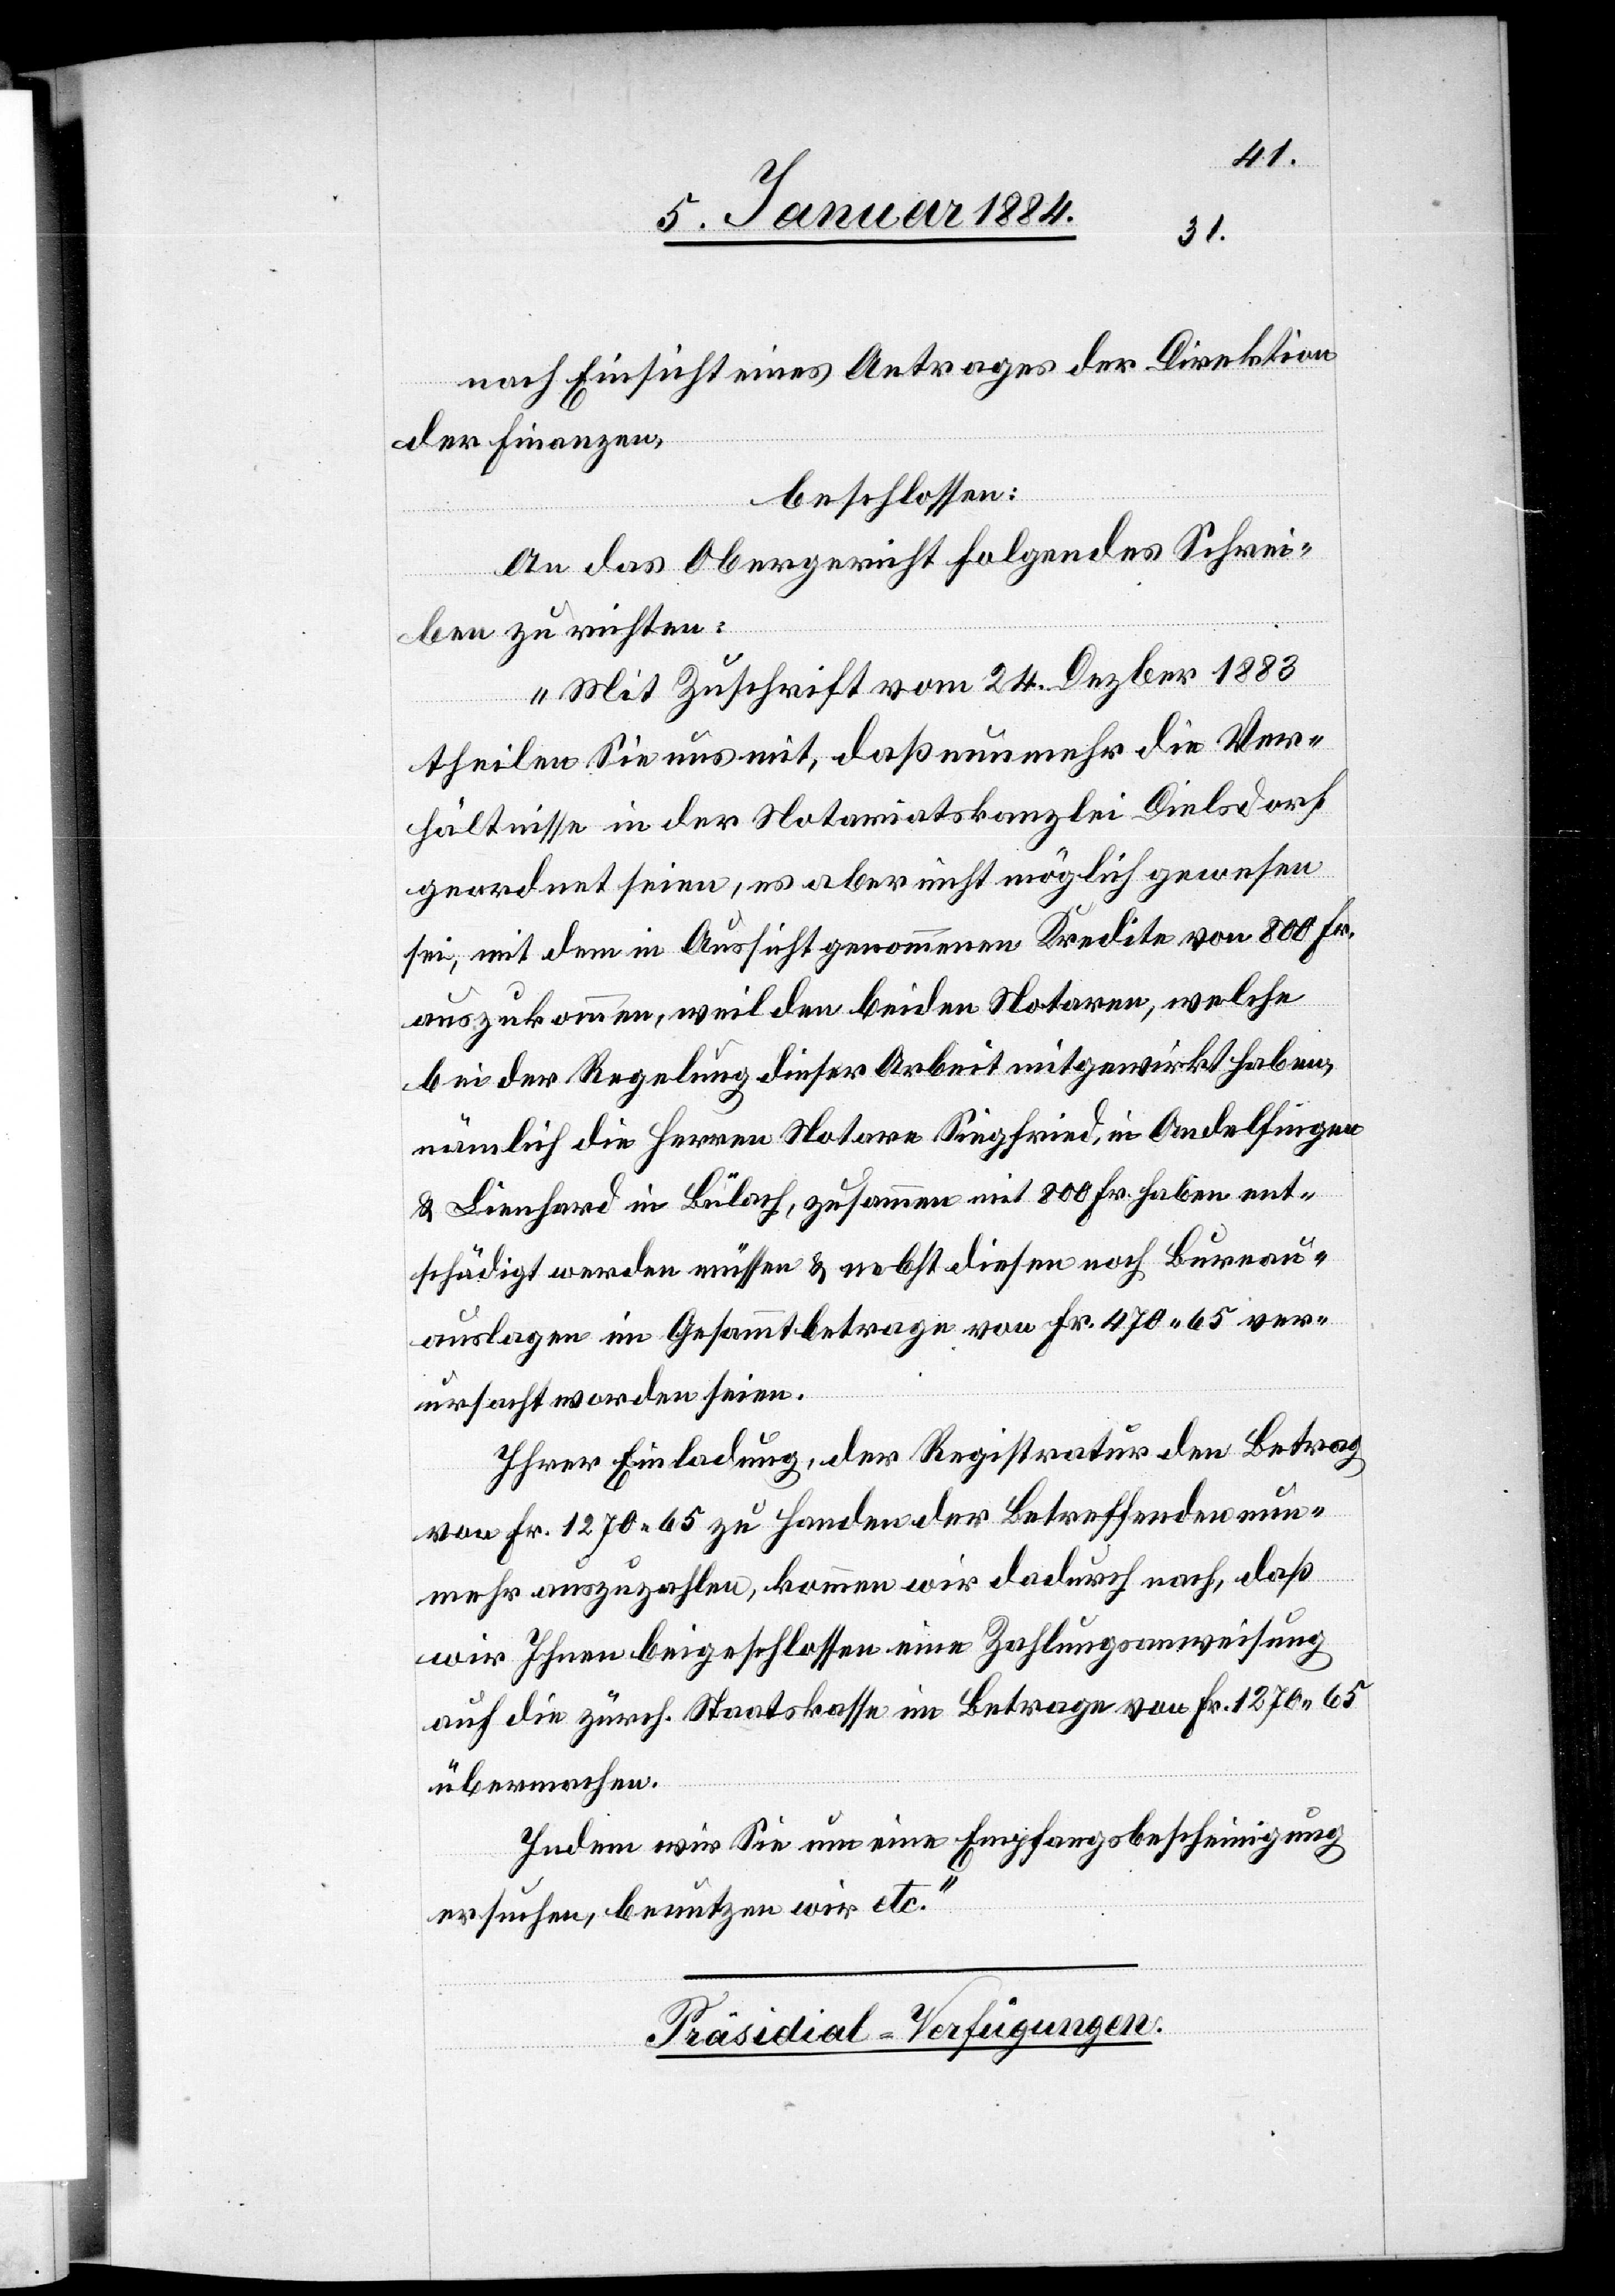
nach Einsicht eines Antrages der Direktion
der Finanzen,
beschlossen:
An das Obergericht folgendes Schrei¬
ben zu richten:
„Mit Zuschrift vom 24. Dezbr. 1883
theilen Sie uns mit, daß nunmehr die Ver¬
hältnisse in der Notariatskanzlei Dielsdorf
geordnet seien, es aber nicht möglich gewesen
sei, mit dem in Aussicht genommenen Kredite von 800 Fr.
auszukommen, weil die beiden Notaren, welche
bei der Regelung dieser Arbeit mitgewirkt haben,
nämlich die Herren Notare Siegfried, in Andelfingen
& Lienhard in Bülach, zusammen mit 800 Fr. haben ent¬
schädigt werden müssen & nebst diesen noch Bureau¬
auslagen im Gesammtbetrage von Fr. 470 65 ver¬
ursacht worden seien.
Ihrer Einladung, der Registratur den Betrag
von Fr. 1270 65 zu Handen der Betreffenden nun¬
mehr auszuzahlen, kommen wir dadurch nach, daß
wir Ihnen beigeschlossen eine Zahlungsanweisung
auf die zürch. Staatskasse im Betrage von Fr. 1270 65
übermachen.
Indem wir Sie um eine Empfangsbescheinigung
ersuchen, benutzten wir etc.“